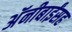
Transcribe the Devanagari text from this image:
अॅनीबाईंसह